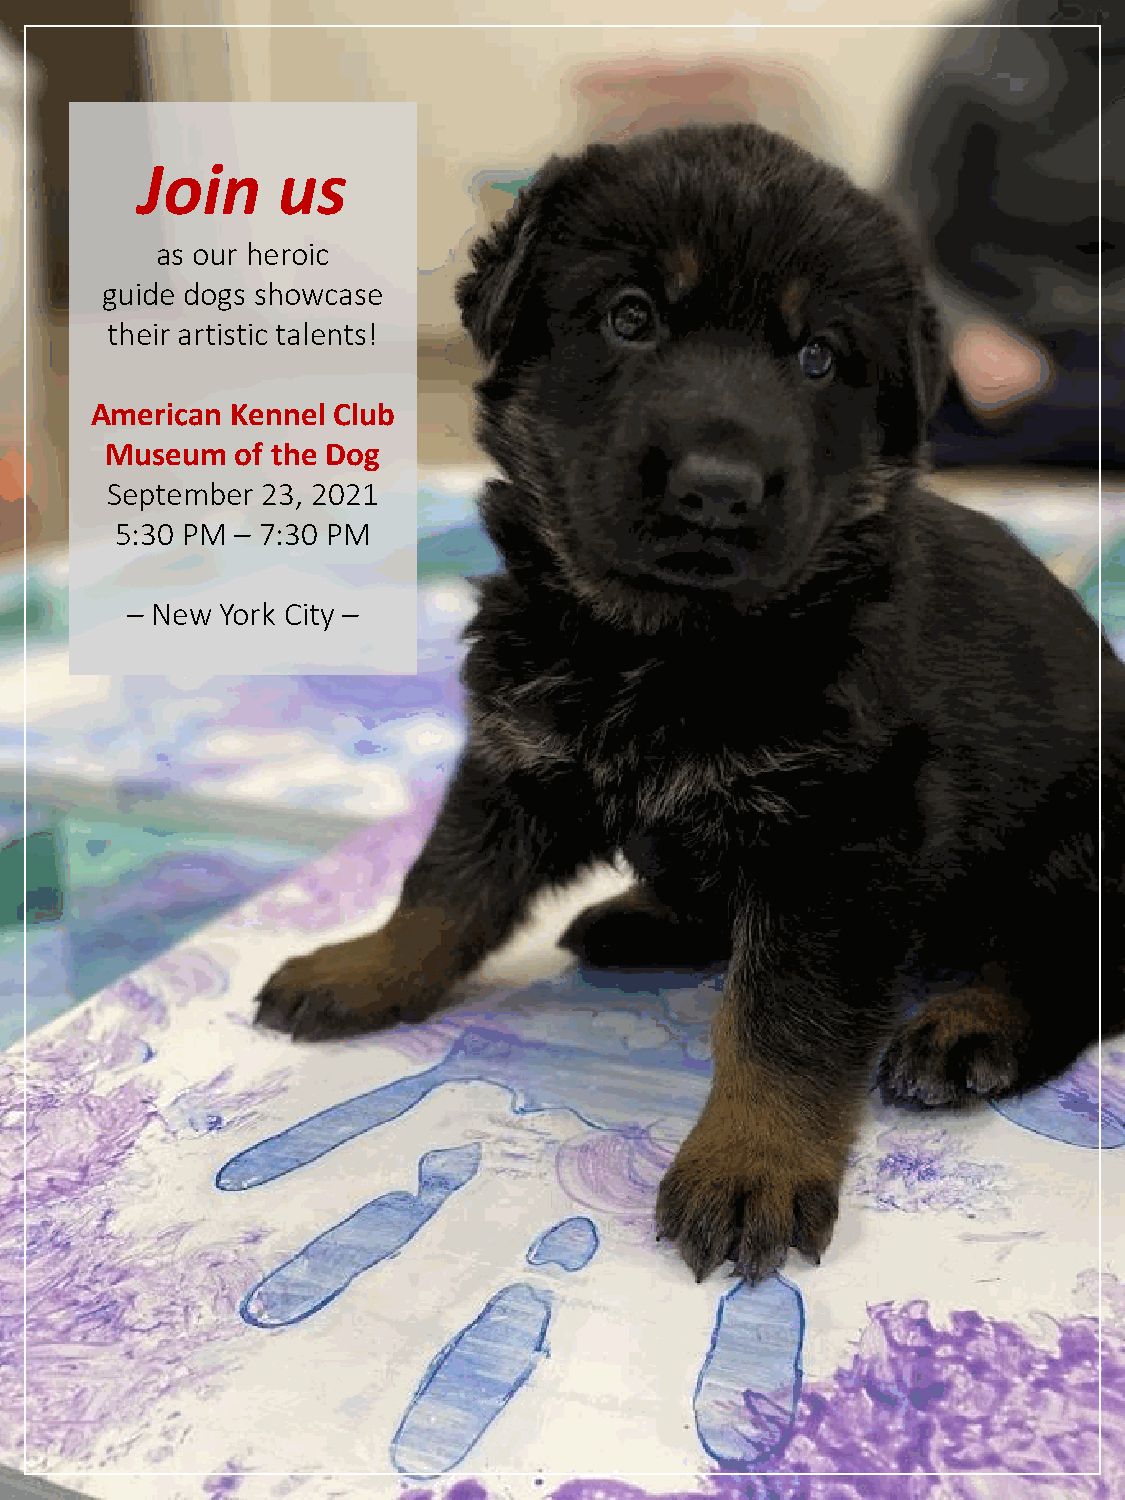
Join     us
 as our heroic
 guide dogs showcase
 their artistic talents!
 American Kennel Club
 Museum   of the Dog
 September 23, 2021
 5:30 PM – 7:30 PM
 – New  York City –